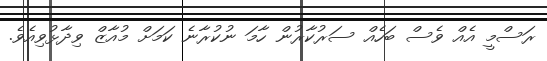
ރަސްމީ އެއް ވެސް ބަހެއް ސަރުކާރުން ހާމަ ނުކުރާނެ ކަމަށް މުއާޒް ވިދާޅުވިއެވެ.